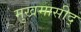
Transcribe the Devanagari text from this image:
मुखमासीद्